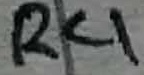
Text: R4